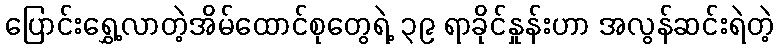
ပြောင်းရွှေ့လာတဲ့အိမ်ထောင်စုတွေရဲ့ ၃၉ ရာခိုင်နှုန်းဟာ အလွန်ဆင်းရဲတဲ့